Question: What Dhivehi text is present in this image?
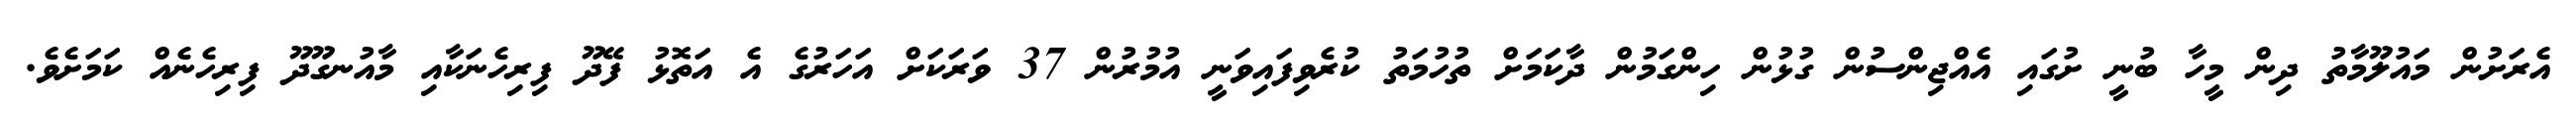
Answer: އެރަށުން މައުލޫމާތު ދިން މީހާ ބުނީ ށުގައި އެއްޖިންސުން ގުޅުން ހިންގަމުން ދާކަމަށް ތުހުމަތު ކުރެވިފައިވަނީ އުމުރުން 37 ވަރަކަށް އަހަރުގެ އެ އަތޮޅު ފޭދޫ ފިރިހެނަކާއި މާއުނގޫދޫ ފިރިހެނެއް ކަމަށެވެ.